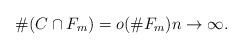
LaTeX: \begin{align*}\# (C \cap F_m) = o(\# F_m) n\to \infty.\end{align*}